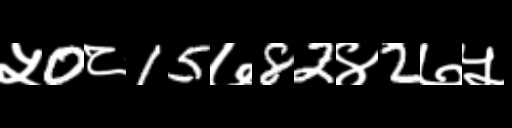
Text: ५0८15७82४2७५